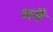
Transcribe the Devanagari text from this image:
थपै